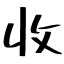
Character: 收